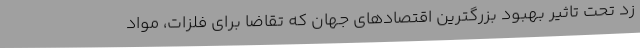
زد تحت تاثیر بهبود بزرگترین اقتصادهای جهان که تقاضا برای فلزات، مواد